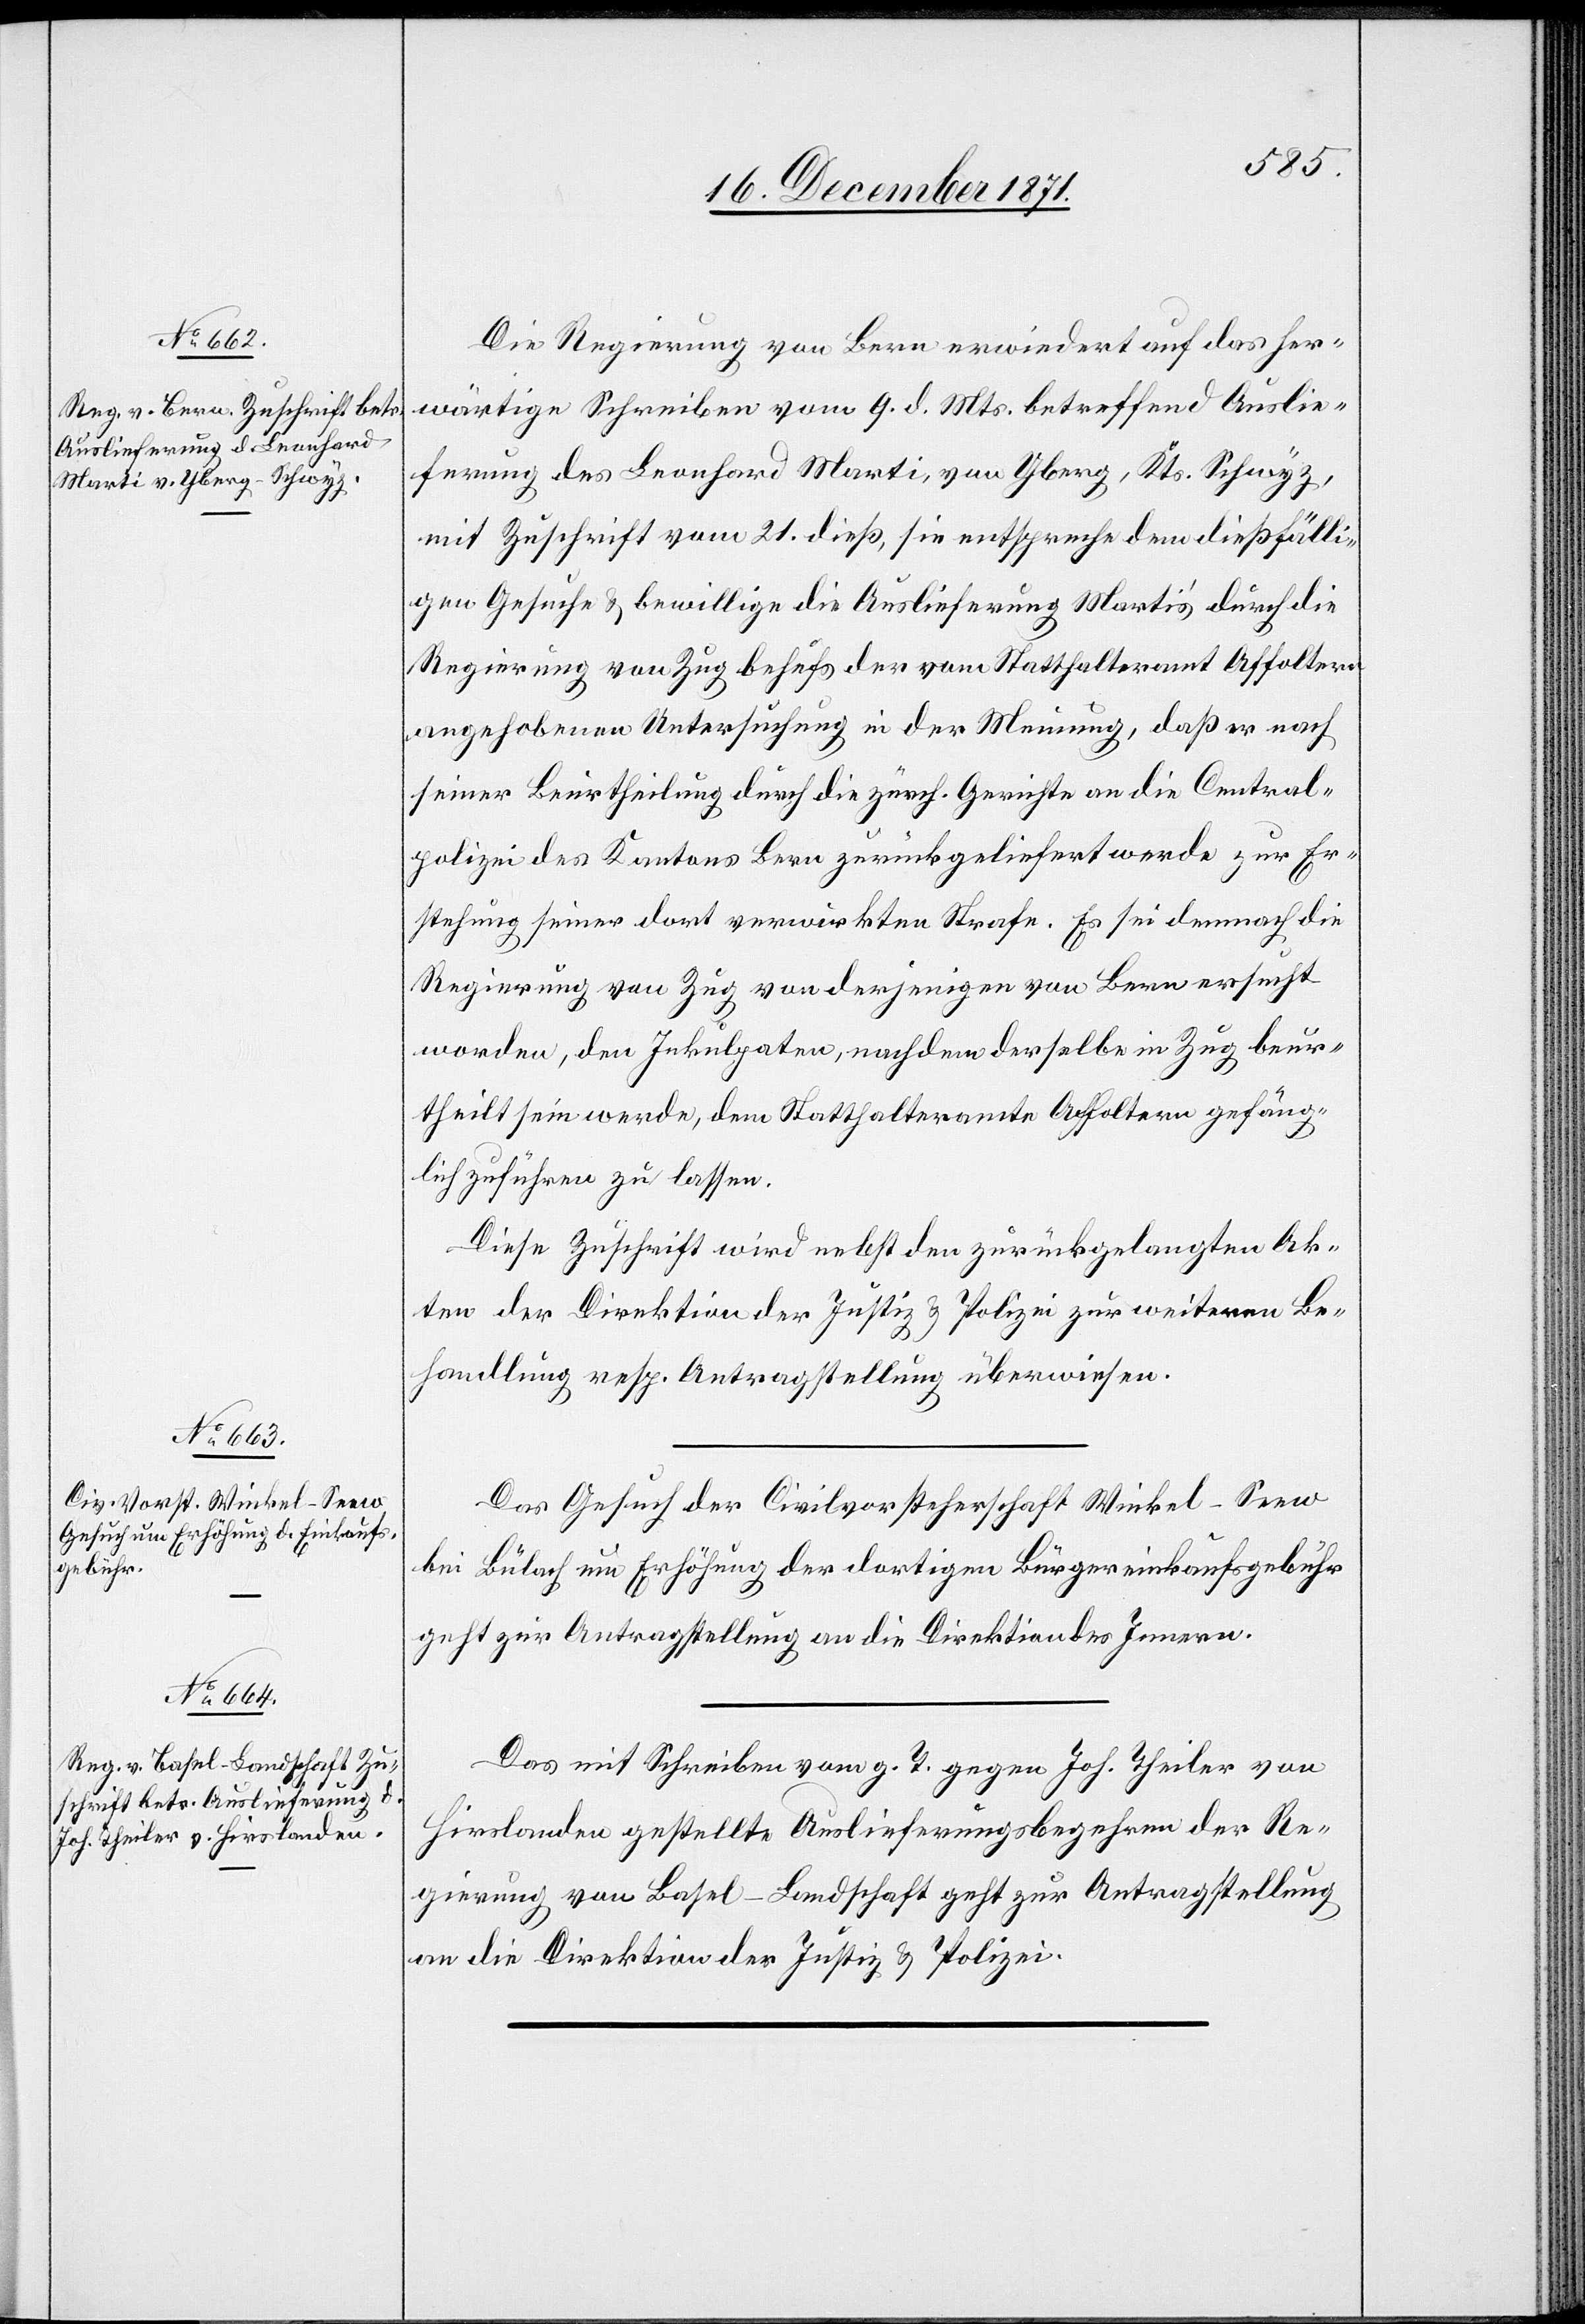
22. December 1871.]
Die Regierung von Bern erwiedert auf das her¬
wärtige Schreiben vom 9. d. Mts. betreffend Auslie¬
ferung des Leonhard Marti, von Yberg, Kts. Schwyz,
mit Zuschrift vom 21. dieß, sie entspreche dem dießfälli¬
gen Gesuche & bewillige die Auslieferung Marti’s durch die
Regierung von Zug behufs der vom Statthalteramt Affoltern
angehobenen Untersuchung in der Meinung, daß er nach
seiner Beurtheilung durch die zürch. Gerichte an die Central¬
polizei des Kantons Bern zurückgeliefert werde zur Er¬
stehung seiner dort verwirkten Strafe. Es sei demnach die
Regierung von Zug von derjenigen von Bern ersucht
worden, den Inkulpaten, nachdem derselbe in Zug beur¬
theilt sein werde, dem Statthalteramte Affoltern gefäng¬
lich zuführen zu lassen.
Diese Zuschrift wird nebst den zurückgelangten Ak¬
ten der Direktion der Justiz & Polizei zur weiteren Be¬
handlung resp. Antragstellung überwiesen.
Das Gesuch der Civilvorsteherschaft Winkel-Seew
bei Bülach um Erhöhung der dortigen Bürgereinkaufsgebühr
geht zur Antragstellung an die Direktion des Innern.
Das mit Schreiben vom g. T. gegen Joh. Theiler von
Hirslanden gestellte Auslieferungsbegehren der Re¬
gierung von Basel-Landschaft geht zur Antragstellung
an die Direktion der Justiz & Polizei.